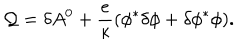
{ \cal Q } = \delta A ^ { 0 } + { \frac { e } { \kappa } } ( \phi ^ { * } \delta \phi + \delta \phi ^ { * } \phi ) .